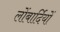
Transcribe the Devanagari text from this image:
लोंबार्दियों